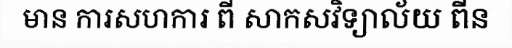
មាន ការសហការ ពី សាកសវិទ្យាល័យ ពីន